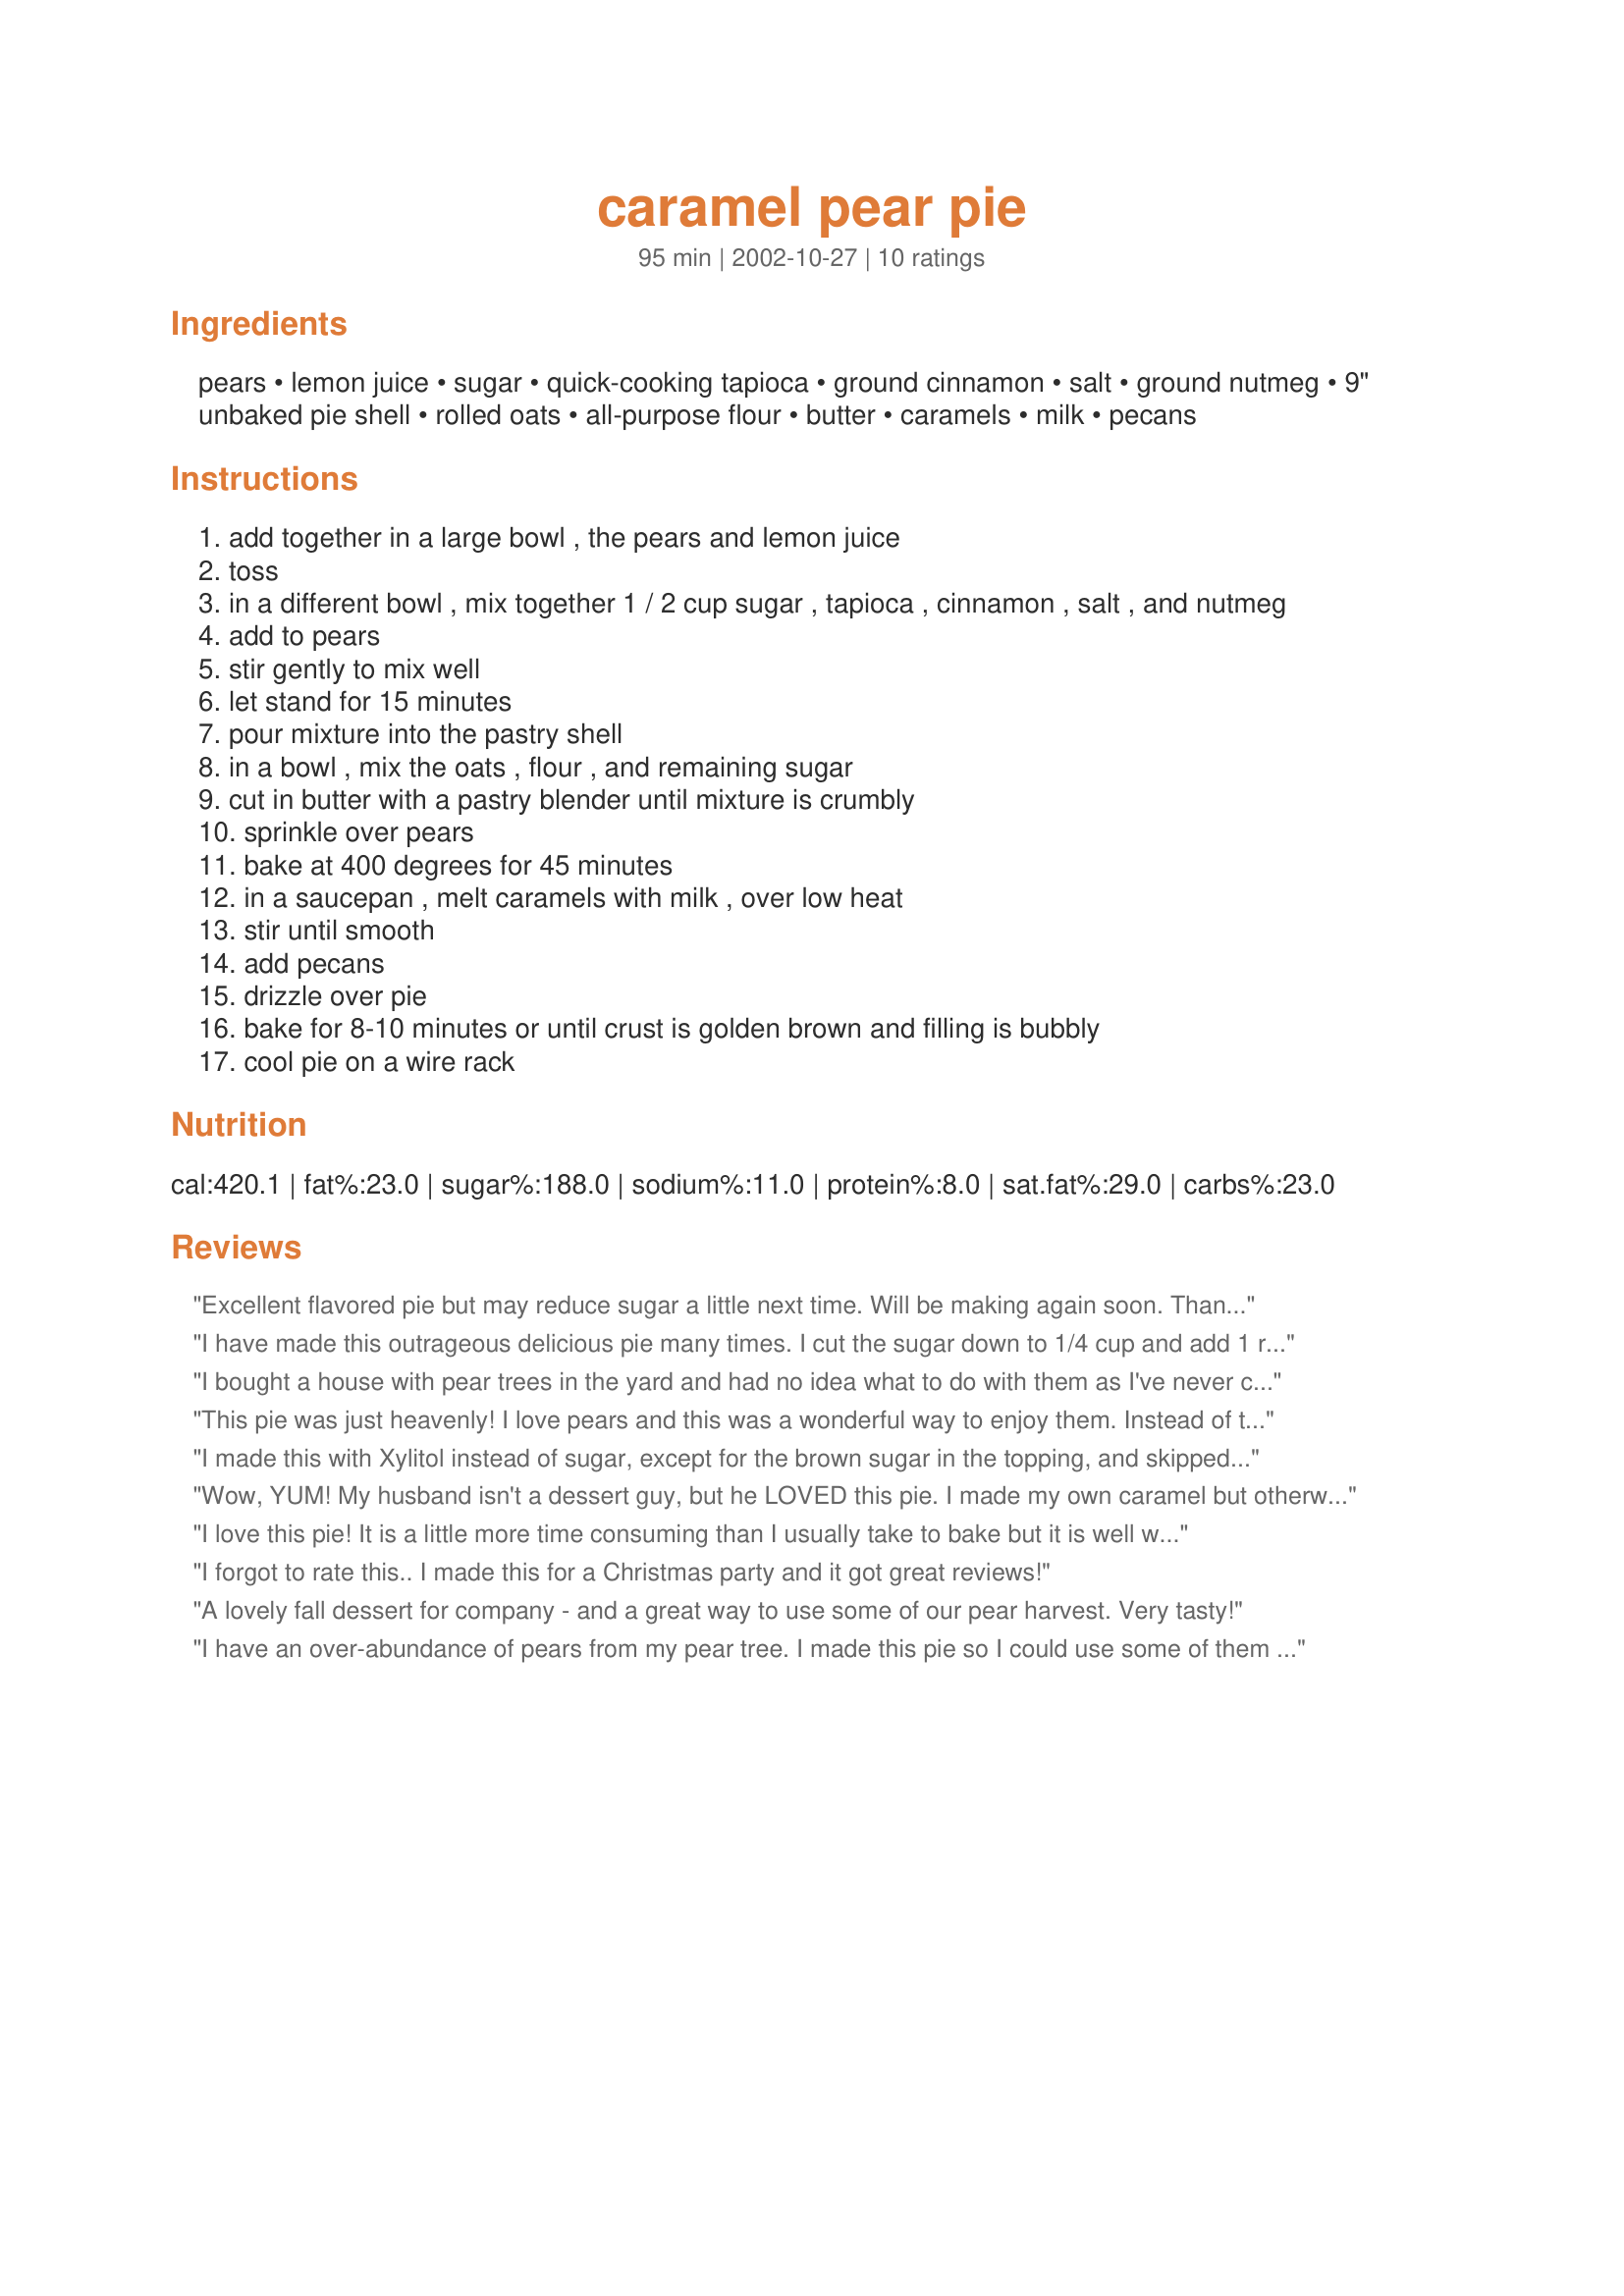
caramel pear pie
Preparation time: 95 minutes

Ingredients:
pears, lemon juice, sugar, quick-cooking tapioca, ground cinnamon, salt, ground nutmeg, 9" unbaked pie shell, rolled oats, all-purpose flour, butter, caramels, milk, pecans

Steps:
add together in a large bowl , the pears and lemon juice
toss
in a different bowl , mix together 1 / 2 cup sugar , tapioca , cinnamon , salt , and nutmeg
add to pears
stir gently to mix well
let stand for 15 minutes
pour mixture into the pastry shell
in a bowl , mix the oats , flour , and remaining sugar
cut in butter with a pastry blender until mixture is crumbly
sprinkle over pears
bake at 400 degrees for 45 minutes
in a saucepan , melt caramels with milk , over low heat
stir until smooth
add pecans
drizzle over pie
bake for 8-10 minutes or until crust is golden brown and filling is bubbly
cool pie on a wire rack

Reviews:
Excellent flavored pie but may reduce sugar a little next time. Will be making again soon. Thanks for posting.
I have made this outrageous delicious pie many times. I cut the sugar down to 1/4 cup and add 1 rounded tsp of cinnamon. I bake the pie making sure the top does not overbrown and freeze them to give as gifts and for eating during the holidays when my tree is quite bare. I have also used walnuts and sliced almonds with great success.
I bought a house with pear trees in the yard and had no idea what to do with them as I've never cared for pears. I decided to try this recipe and it's awesome! The only change I made was using a thick caramel ice cream topping in place of melted caramel mixture. This pie is best about 2-3 hours out of the oven with a scoop of quality vanilla ice cream. Yum!
This pie was just heavenly! I love pears and this was a wonderful way to enjoy them. Instead of tapioca I used cornstarch.Thanks for a winner!
I made this with Xylitol instead of sugar, except for the brown sugar in the topping, and skipped the caramel due to hubbie's diabetes. It was still SUPER yummy! This is a &quot;keeper&quot; for sure. I made this a second time and popped it in the freezer for future use. Unfortunately, when the pears thawed, they gave up their juice and I ended up with pear soup in soggy pie crust. Bummer. Don't try to freeze this one.
Wow, YUM! My husband isn't a dessert guy, but he LOVED this pie. I made my own caramel but otherwise followed the recipe as is. Definitely a new favorite pie.
I love this pie! It is a little more time consuming than I usually take to bake but it is well worth it. We have also baked this pie using apples instead of pears. We omitted the nutmeg and used a full teaspoon of cinnimon. My kids do not like nuts so we leave them of sometimes, expecially on the apple version. Thanks for a great recipe.
I forgot to rate this.. I made this for a Christmas party and it got great reviews!
A lovely fall dessert for company - and a great way to use some of our pear harvest.
Very tasty!
I have an over-abundance of pears from my pear tree. I made this pie so I could use some of them before they rotted. Turned out to be a very good idea. The crumb topping and pear filling was very delicious. The caramel made it extra-extra special and rich. Made a beautiful pie and lovely fall dessert. Thanks.
